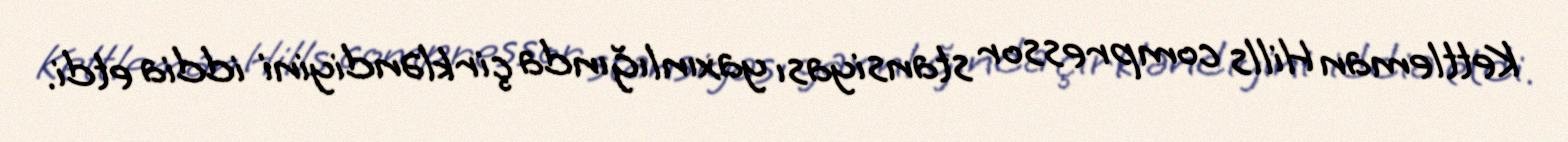
Kettleman Hills compressor stansiyası yaxınlığında çirkləndiyini iddia etdi.